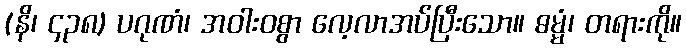
(နိ၊ ၄၃၈) ပဂုဏံ၊ အဝါးဝစွာ လေ့လာအပ်ပြီးသော။ ဓမ္မံ၊ တရားကို။